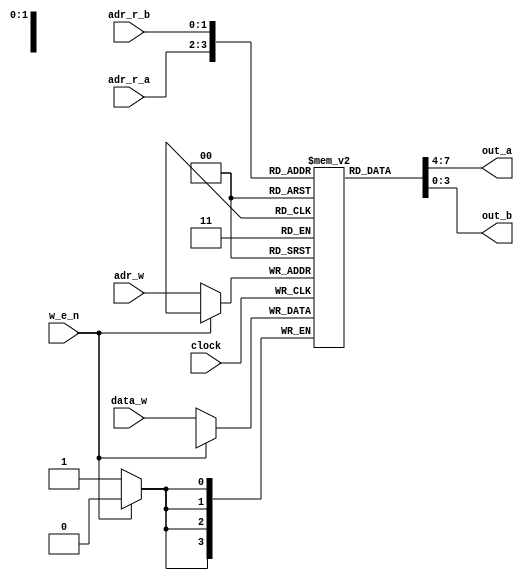
`timescale 1ns / 1ps

module DATA_RAM(
        input             clock       ,
        input       [1:0] adr_r_a     , 
        input       [1:0] adr_r_b     , 
        input             w_e_n       ,
        input       [1:0] adr_w       ,
        input       [3:0] data_w      ,
        output reg  [3:0] out_a       ,
        output reg  [3:0] out_b      
    );
    
    reg [3:0] MEM[0:3];  
    
        
    always @(*)
        begin
        out_a <= MEM[adr_r_a];
        out_b <= MEM[adr_r_b];
        end
    always @(posedge clock)
        begin
        if(w_e_n == 0)
            begin 
            MEM[adr_w] <= data_w;
            end
        end
    
    
    
endmodule

module INSTR_RAM(
        input             clock       , 
        input             w_e_n       ,
        input       [2:0] adr         ,
        input       [1:0] data_w      ,
        output reg  [1:0] out      
    );
    
    reg [1:0] MEM[0:7];  
    
    always @(posedge clock)
        begin
        out <= MEM[adr];
        if(w_e_n == 0)
            begin 
            MEM[adr] <= data_w;
            end
        end
    
    
    
endmodule